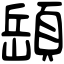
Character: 𩓥